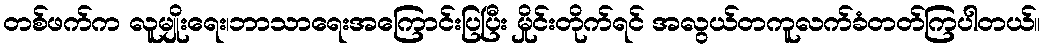
တစ်ဖက်က လူမျိုးရေး၊ဘာသာရေးအကြောင်းပြပြီး မှိုင်းတိုက်ရင် အလွယ်တကူလက်ခံတတ်ကြပါတယ်။